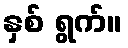
နှစ် ရွက်။